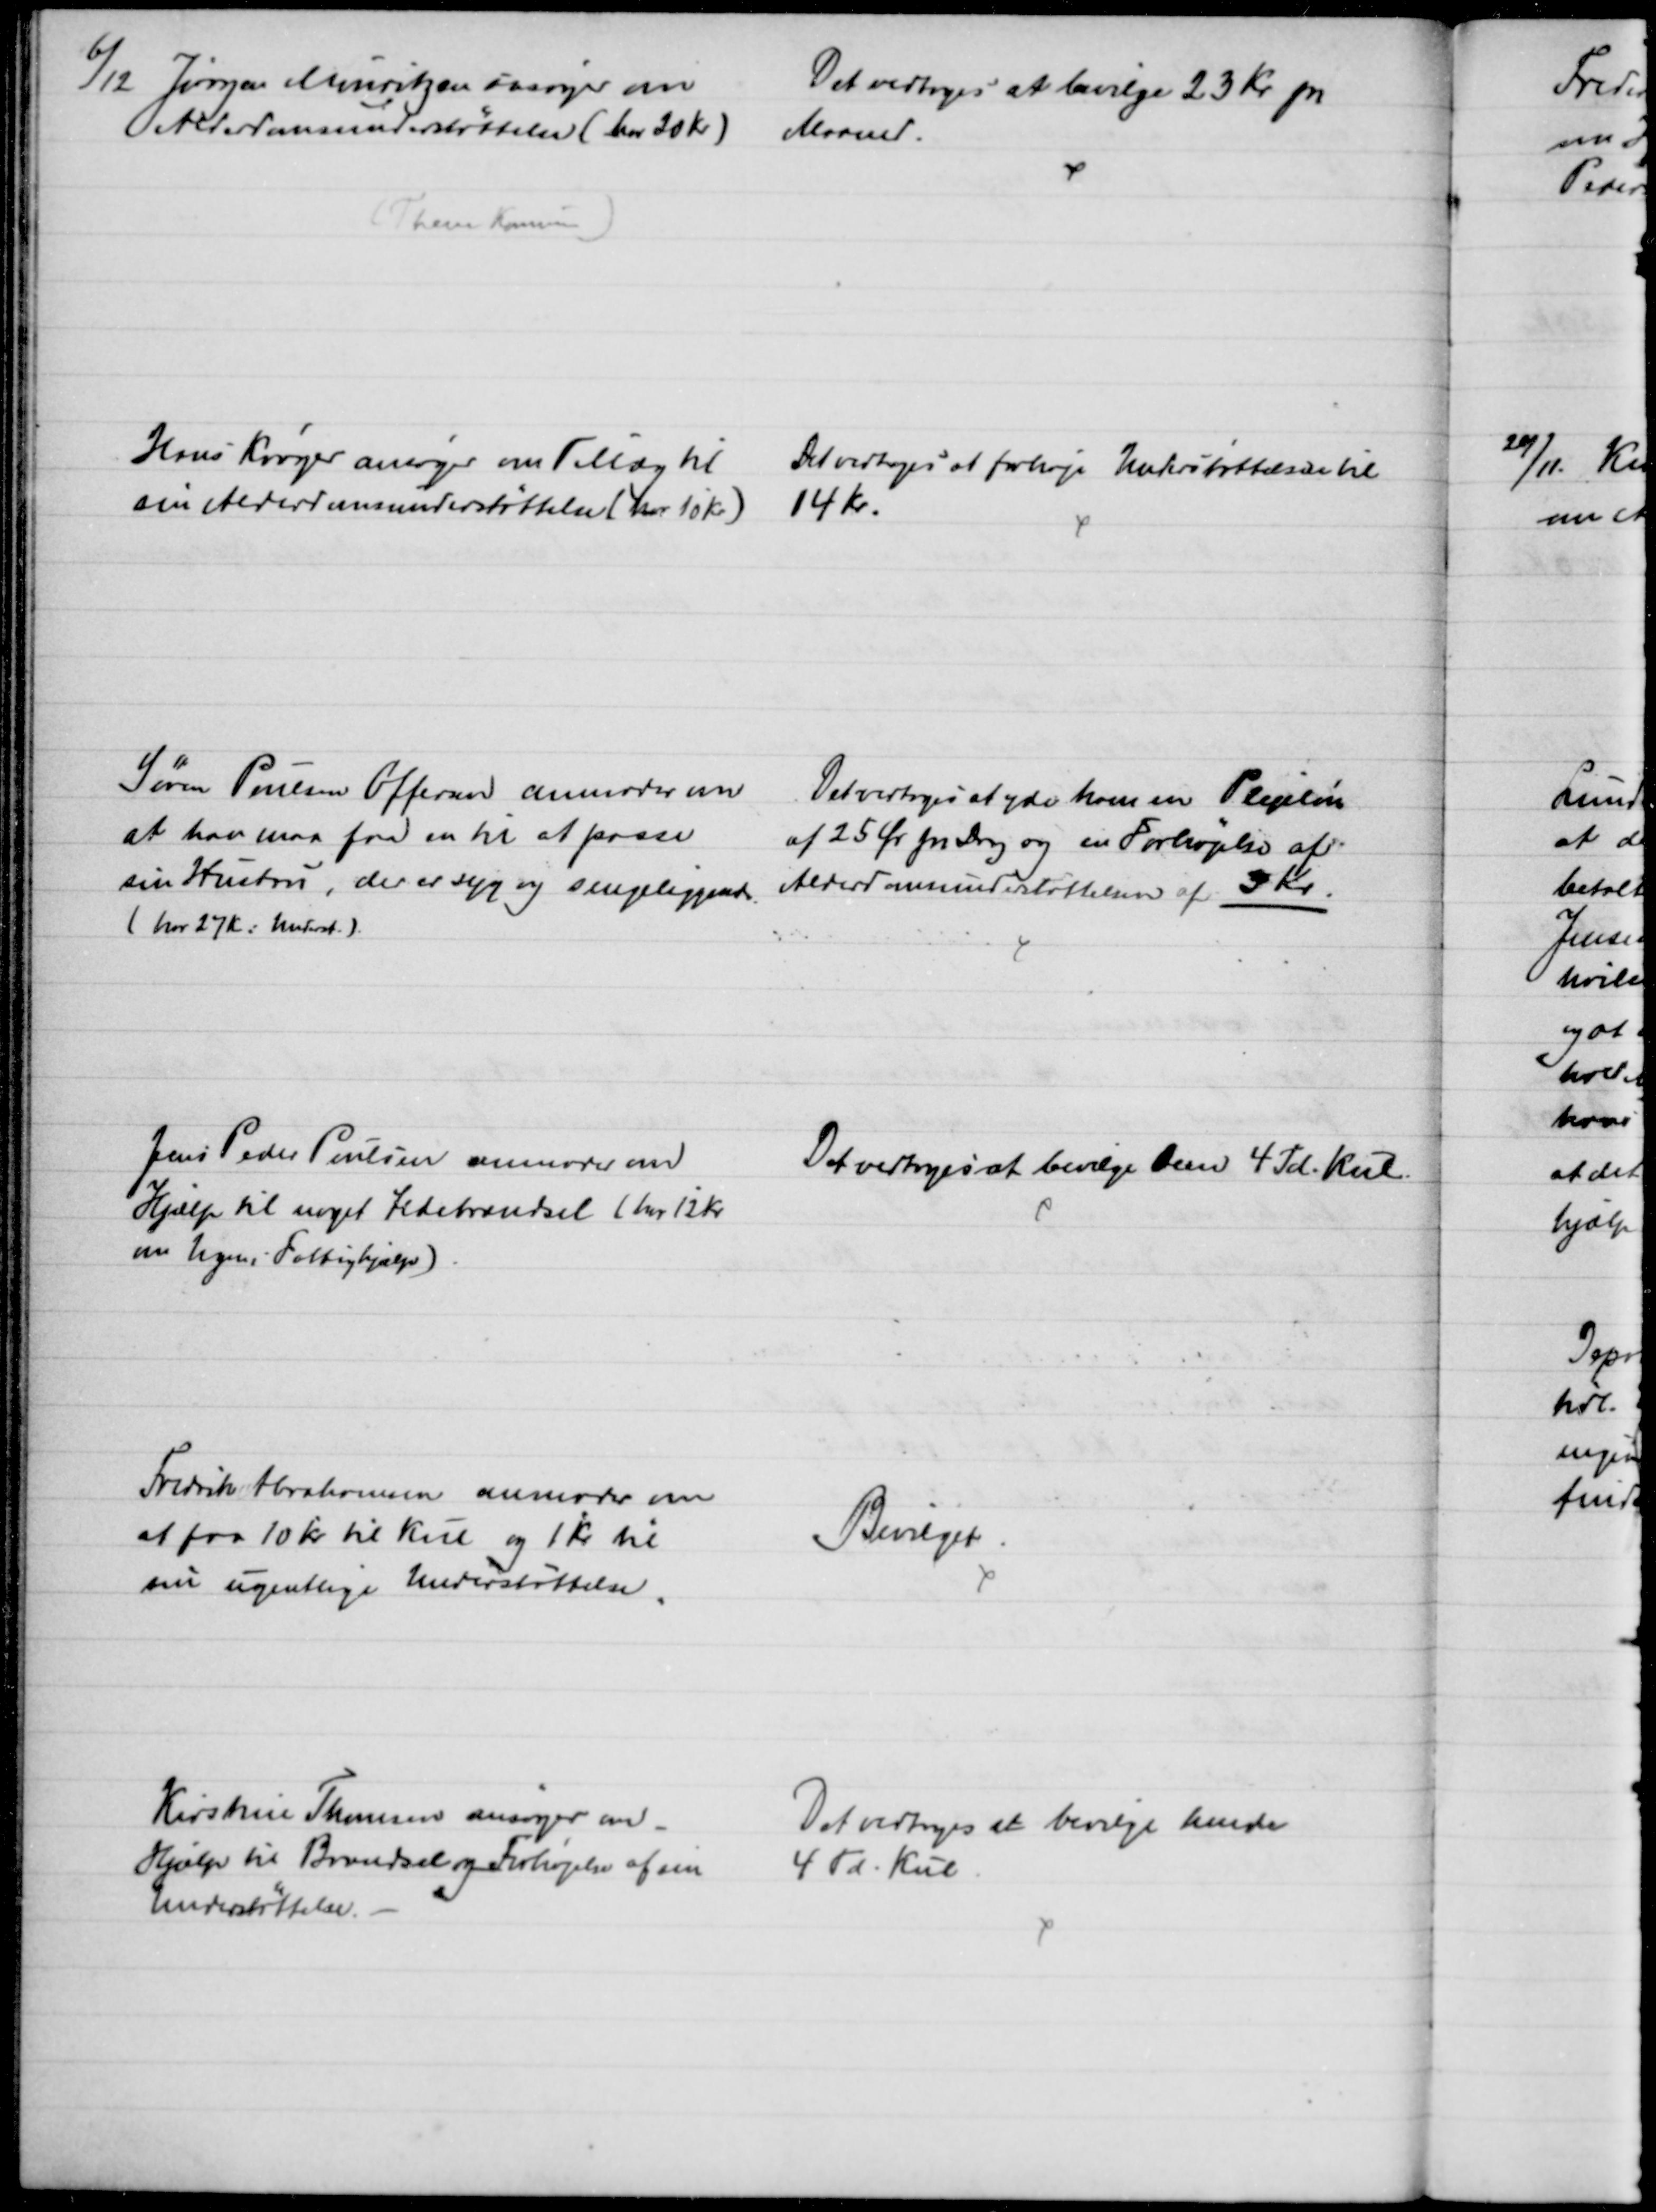
Transskription:
6/12 Jørgen Mouritzen ansøger om
Alderdomsunderstøttelse ( har 20 Kr)
(Them Kommune)
Det vedtoges at bevilge 23 Kr pr
Maaned.
Hans Krøger ansøger om Tillæg til
sin Alderdomsunderstøttelse ( har 10 Kr)
Det vedtoges at forhøje Understøttelse til
14 Kr.
Søren Poulsen Offersen anmoder om
at han maa faa en til at passe
sin Hustru, der er syg og sengeliggende
(har 27 Kr i Underst.)
Det vedtoges at yde ham en Plejeløn
af 25 Øre pr Dag og en Forhøjelse af
Alderdomsunderstøttelsen af 3 Kr.
Jens Peder Poulsen anmoder om
Hjælp til noget Ildebrændsel ( har 12 Kr
om Ugen i Fattighjælp)
Det vedtoges at bevilge Dem 4 Td. Kul
Fredrik Abrahamsen anmoder om
at faa 10 Kr til Kul og 1 Kr til
sin ugentlige Understøttelse.
Bevilget
Kirstine Thomsen ansøger om
Hjælp til Brændsel og Forhøjelse af sin
Understøttelse. 
Det vedtoges at bevilge hende
4 Td. Kul